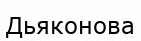
Дьяконова